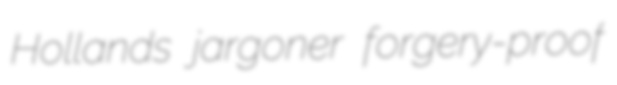
Hollands jargoner forgery-proof